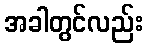
အခါတွင်လည်း